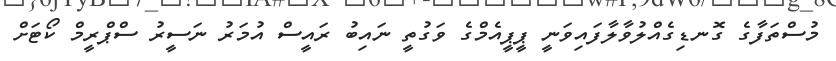
މުސްތަފާގެ ގޮނޑިގެއްލުވާލާފައިވަނީ ޕީޕީއެމްގެ ވަގުތީ ނައިބު ރައީސް އުމަރު ނަސީރު ސްޕްރީމް ކޯޓަށް